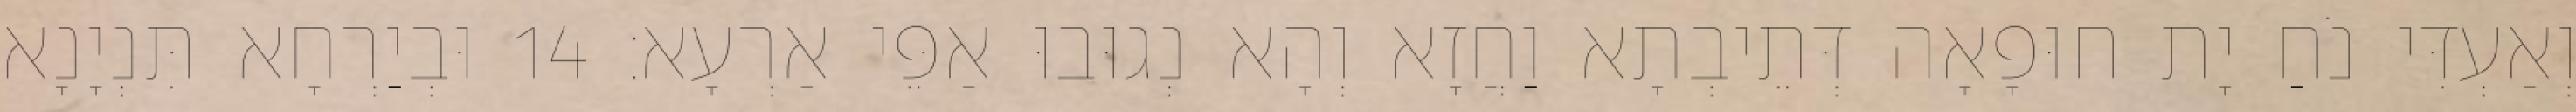
וְאַעְדִּי נֹחַ יָת חוּפָאָה דְּתֵיבְתָא וַחֲזָא וְהָא נְגוּבוּ אַפֵּי אַרְעָא׃ 14 וּבְיַרְחָא תִּנְיָנָא